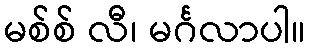
မစ်စ် လီ၊ မင်္ဂလာပါ။